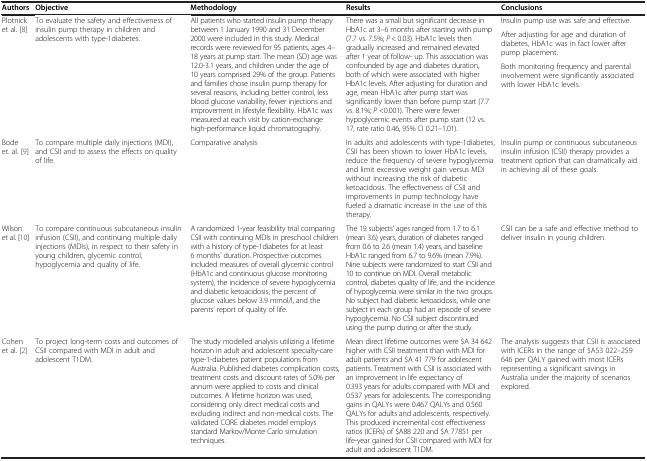
<table><thead><tr><td><b>Authors</b></td><td><b>Objective</b></td><td><b>Methodology</b></td><td><b>Results</b></td><td><b>Conclusions</b></td></tr></thead><tbody><tr><td rowspan="3">Plotnick et al. [8]</td><td rowspan="3">To evaluate the safety and effectiveness of insulin pump therapy in children and adolescents with type-1diabetes.</td><td rowspan="3">All patients who started insulin pump therapy between 1 January 1990 and 31 December 2000 were included in this study. Medical records were reviewed for 95 patients, ages 4–18 years at pump start. The mean (SD) age was 12.0-3.1 years, and children under the age of 10 years comprised 29% of the group. Patients and families chose insulin pump therapy for several reasons, including better control, less blood glucose variability, fewer injections and improvement in lifestyle flexibility. HbA1c was measured at each visit by cation-exchange high-performance liquid chromatography.</td><td rowspan="3">There was a small but significant decrease in HbA1c at 3–6 months after starting with pump (7.7 vs. 7.5%; <i>P</i> &lt; 0.03). HbA1c levels then gradually increased and remained elevated after 1 year of follow- up. This association was confounded by age and diabetes duration, both of which were associated with higher HbA1c levels. After adjusting for duration and age, mean HbA1c after pump start was significantly lower than before pump start (7.7 vs. 8.1%; <i>P</i> &lt;0.001). There were fewer hypoglycemic events after pump start (12 vs. 17, rate ratio 0.46, 95% CI 0.21–1.01).</td><td>Insulin pump use was safe and effective.</td></tr><tr><td>After adjusting for age and duration of diabetes, HbA1c was in fact lower after pump placement.</td></tr><tr><td>Both monitoring frequency and parental involvement were significantly associated with lower HbA1c levels.</td></tr><tr><td>Bode et. al. [9]</td><td>To compare multiple daily injections (MDI), and CSII and to assess the effects on quality of life.</td><td>Comparative analysis</td><td>In adults and adolescents with type-1diabetes, CSII has been shown to lower HbA1c levels, reduce the frequency of severe hypoglycemia and limit excessive weight gain versus MDI without increasing the risk of diabetic ketoacidosis. The effectiveness of CSII and improvements in pump technology have fueled a dramatic increase in the use of this therapy.</td><td>Insulin pump or continuous subcutaneous insulin infusion (CSII) therapy provides a treatment option that can dramatically aid in achieving all of these goals.</td></tr><tr><td>Wilson et al. [10]</td><td>To compare continuous subcutaneous insulin infusion (CSII), and continuing multiple daily injections (MDIs), in respect to their safety in young children, glycemic control, hypoglycemia and quality of life.</td><td>A randomized 1-year feasibility trial comparing CSII with continuing MDIs in preschool children with a history of type-1diabetes for at least 6 months’ duration. Prospective outcomes included measures of overall glycemic control (HbA1c and continuous glucose monitoring system), the incidence of severe hypoglycemia and diabetic ketoacidosis, the percent of glucose values below 3.9 mmol/l, and the parents’ report of quality of life.</td><td>The 19 subjects’ ages ranged from 1.7 to 6.1 (mean 3.6) years, duration of diabetes ranged from 0.6 to 2.6 (mean 1.4) years, and baseline HbA1c ranged from 6.7 to 9.6% (mean 7.9%). Nine subjects were randomized to start CSII and 10 to continue on MDI. Overall metabolic control, diabetes quality of life, and the incidence of hypoglycemia were similar in the two groups. No subject had diabetic ketoacidosis, while one subject in each group had an episode of severe hypoglycemia. No CSII subject discontinued using the pump during or after the study.</td><td>CSII can be a safe and effective method to deliver insulin in young children.</td></tr><tr><td>Cohen et al. [2]</td><td>To project long-term costs and outcomes of CSII compared with MDI in adult and adolescent T1DM.</td><td>The study modelled analysis utilizing a lifetime horizon in adult and adolescent specialty-care type-1-diabetes patient populations from Australia. Published diabetes complication costs, treatment costs and discount rates of 5.0% per annum were applied to costs and clinical outcomes. A lifetime horizon was used, considering only direct medical costs and excluding indirect and non-medical costs. The validated CORE diabetes model employs standard Markov/Monte Carlo simulation techniques.</td><td>Mean direct lifetime outcomes were $A 34 642 higher with CSII treatment than with MDI for adult patients and $A 41 779 for adolescent patients. Treatment with CSII is associated with an improvement in life expectancy of 0.393 years for adults compared with MDI and 0.537 years for adolescents. The corresponding gains in QALYs were 0.467 QALYs and 0.560 QALYs for adults and adolescents, respectively. This produced incremental cost effectiveness ratios (ICERs) of $A88 220 and $A 77851 per life-year gained for CSII compared with MDI for adult and adolescent T1DM.</td><td>The analysis suggests that CSII is associated with ICERs in the range of $A53 022–259 646 per QALY gained with most ICERs representing a significant savings in Australia under the majority of scenarios explored.</td></tr></tbody></table>